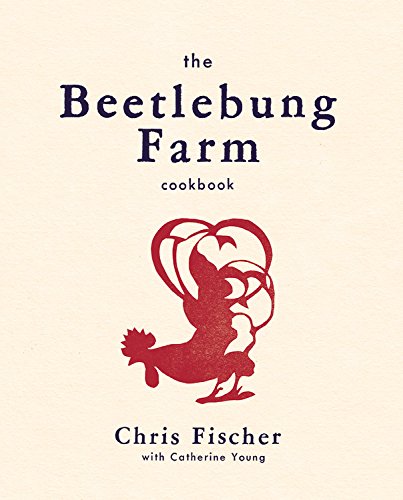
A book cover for The Beetlebung Farm Cookbook: A Year of Cooking on Martha's Vineyard; Chris Fischer; Cookbooks, Food & Wine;